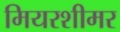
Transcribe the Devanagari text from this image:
मियरशीमर